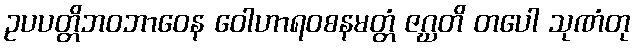
ဥပပတ္တိဘဝဘာဝေန ဝေါဟာရဝစနမတ္တံ ဇဂ္ဃတိ တပေါ သုဏံတု